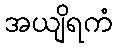
အယျိရကံ